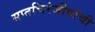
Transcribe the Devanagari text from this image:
सप्तचिरंजीवांची